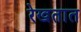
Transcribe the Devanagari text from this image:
रेखतात